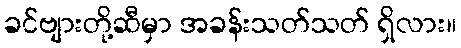
ခင်ဗျားတို့ဆီမှာ အခန်းသတ်သတ် ရှိလား။